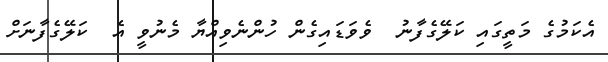
އެކަމުގެ މަތީގައި ކަލޭގެފާނު  ވެވަޑައިގެން ހުންނެވިއްޔާ މެނުވީ އެ  ކަލޭގެފާނަށް